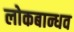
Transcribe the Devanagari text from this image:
लोकबान्धव